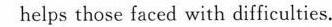
helps those faced with difficulties.